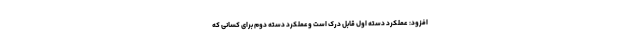
افزود: عملکرد دسته اول قابل درک است وعملکرد دسته دوم برای کسانی که